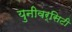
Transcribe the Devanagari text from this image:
युनीवर्सिटी